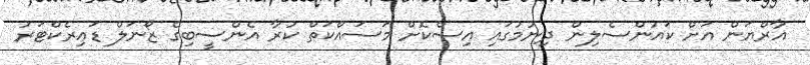
އާރްޔަން އަށް ކައުންސެލިން ދިނުމުގައި އިސްކޮށް މަސައްކަތް ކުރާ އެންސީބިގެ ޒޯނަލް ޑައިރެކްޓަރު